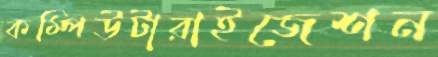
কম্পিউটারাইজেশন